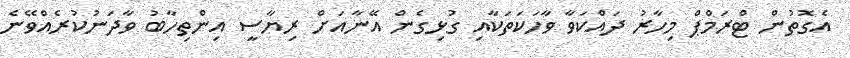
އެގޮތުން ޓްރަމްޕް މިހާރު ދައްކަވާ ވާހަކަތަކާއި ގުޅިގެން އޭނާއަށް ރިޔާސީ އިންތިހާބު ވާދަނުކުރެއްވޭނެ